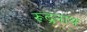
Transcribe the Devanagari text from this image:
रूद्रनाथ